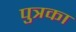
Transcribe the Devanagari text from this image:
पुत्रका